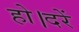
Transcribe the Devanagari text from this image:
हो।दरें